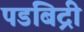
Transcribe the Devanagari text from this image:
पडबिद्री